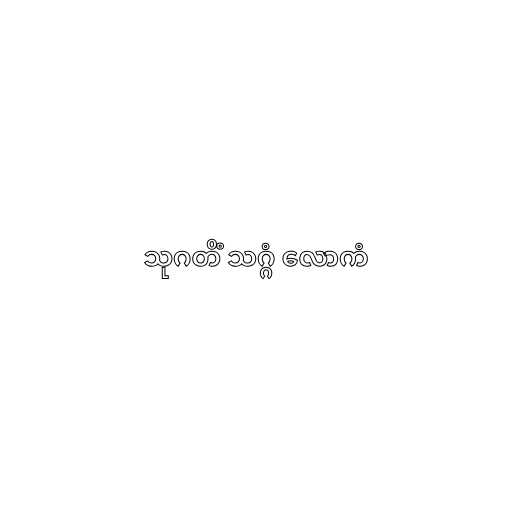
သုဂတိံ သဂ္ဂံ လောကံ